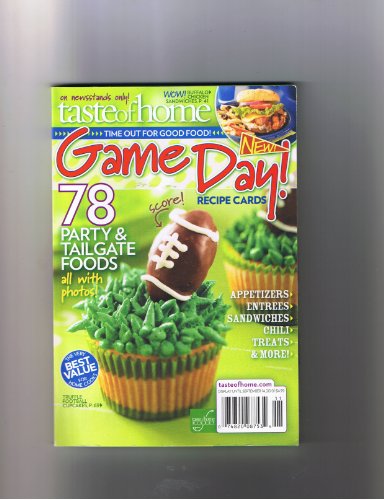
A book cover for Taste of Home Game Day Recipe Cards (78 Party & Tailgate foods); Cookbooks, Food & Wine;